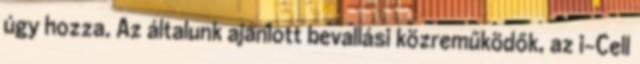
úgy hozza. Az általunk ajánlott bevallási közreműködők, az i-Cell